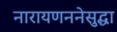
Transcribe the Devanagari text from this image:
नारायणननेसुद्धा